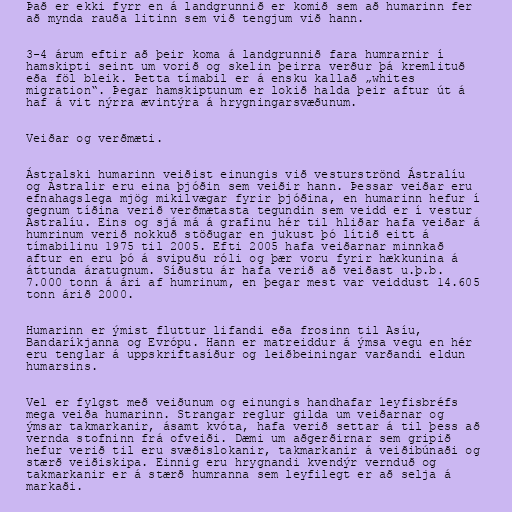
Það er ekki fyrr en á landgrunnið er komið sem að humarinn fer
að mynda rauða litinn sem við tengjum við hann.

3-4 árum eftir að þeir koma á landgrunnið fara humrarnir í
hamskipti seint um vorið og skelin þeirra verður þá kremlituð
eða föl bleik. Þetta tímabil er á ensku kallað „whites
migration“. Þegar hamskiptunum er lokið halda þeir aftur út á
haf á vit nýrra ævintýra á hrygningarsvæðunum.

Veiðar og verðmæti.

Ástralski humarinn veiðist einungis við vesturströnd Ástralíu
og Ástralir eru eina þjóðin sem veiðir hann. Þessar veiðar eru
efnahagslega mjög mikilvægar fyrir þjóðina, en humarinn hefur í
gegnum tíðina verið verðmætasta tegundin sem veidd er í vestur
Ástralíu. Eins og sjá má á grafinu hér til hliðar hafa veiðar á
humrinum verið nokkuð stöðugar en jukust þó lítið eitt á
tímabilinu 1975 til 2005. Efti 2005 hafa veiðarnar minnkað
aftur en eru þó á svipuðu róli og þær voru fyrir hækkunina á
áttunda áratugnum. Síðustu ár hafa verið að veiðast u.þ.b.
7.000 tonn á ári af humrinum, en þegar mest var veiddust 14.605
tonn árið 2000.

Humarinn er ýmist fluttur lifandi eða frosinn til Asíu,
Bandaríkjanna og Evrópu. Hann er matreiddur á ýmsa vegu en hér
eru tenglar á uppskriftasíður og leiðbeiningar varðandi eldun
humarsins.

Vel er fylgst með veiðunum og einungis handhafar leyfisbréfs
mega veiða humarinn. Strangar reglur gilda um veiðarnar og
ýmsar takmarkanir, ásamt kvóta, hafa verið settar á til þess að
vernda stofninn frá ofveiði. Dæmi um aðgerðirnar sem gripið
hefur verið til eru svæðislokanir, takmarkanir á veiðibúnaði og
stærð veiðiskipa. Einnig eru hrygnandi kvendýr vernduð og
takmarkanir er á stærð humranna sem leyfilegt er að selja á
markaði.